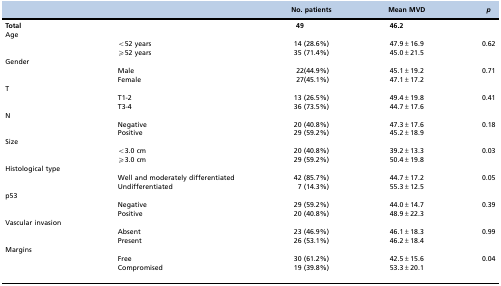
<table><thead><tr><td></td><td></td><td><b>No. patients</b></td><td><b>Mean MVD</b></td><td><b><i>p</i></b></td></tr></thead><tbody><tr><td><b>Total</b></td><td></td><td><b>49</b></td><td><b>46.2</b></td><td></td></tr><tr><td>Age</td><td></td><td></td><td></td><td></td></tr><tr><td></td><td>&lt;52 years</td><td>14 (28.6%)</td><td>47.9±16.9</td><td>0.62</td></tr><tr><td></td><td>≥52 years</td><td>35 (71.4%)</td><td>45.0±21.5</td><td></td></tr><tr><td>Gender</td><td></td><td></td><td></td><td></td></tr><tr><td></td><td>Male</td><td>22(44.9%)</td><td>45.1±19.2</td><td>0.71</td></tr><tr><td></td><td>Female</td><td>27(45.1%)</td><td>47.1±17.2</td><td></td></tr><tr><td>T</td><td></td><td></td><td></td><td></td></tr><tr><td></td><td>T1-2</td><td>13 (26.5%)</td><td>49.4±19.8</td><td>0.41</td></tr><tr><td></td><td>T3-4</td><td>36 (73.5%)</td><td>44.7±17.6</td><td></td></tr><tr><td>N</td><td></td><td></td><td></td><td></td></tr><tr><td></td><td>Negative</td><td>20 (40.8%)</td><td>47.3±17.6</td><td>0.18</td></tr><tr><td></td><td>Positive</td><td>29 (59.2%)</td><td>45.2±18.9</td><td></td></tr><tr><td>Size</td><td></td><td></td><td></td><td></td></tr><tr><td></td><td>&lt;3.0 cm</td><td>20 (40.8%)</td><td>39.2±13.3</td><td>0.03</td></tr><tr><td></td><td>≥3.0 cm</td><td>29 (59.2%)</td><td>50.4±19.8</td><td></td></tr><tr><td>Histological type</td><td></td><td></td><td></td><td></td></tr><tr><td></td><td>Well and moderately differentiated</td><td>42 (85.7%)</td><td>44.7±17.2</td><td>0.05</td></tr><tr><td></td><td>Undifferentiated</td><td>7 (14.3%)</td><td>55.3±12.5</td><td></td></tr><tr><td>p53</td><td></td><td></td><td></td><td></td></tr><tr><td></td><td>Negative</td><td>29 (59.2%)</td><td>44.0±14.7</td><td>0.39</td></tr><tr><td></td><td>Positive</td><td>20 (40.8%)</td><td>48.9±22.3</td><td></td></tr><tr><td>Vascular invasion</td><td></td><td></td><td></td><td></td></tr><tr><td></td><td>Absent</td><td>23 (46.9%)</td><td>46.1±18.3</td><td>0.99</td></tr><tr><td></td><td>Present</td><td>26 (53.1%)</td><td>46.2±18.4</td><td></td></tr><tr><td>Margins</td><td></td><td></td><td></td><td></td></tr><tr><td></td><td>Free</td><td>30 (61.2%)</td><td>42.5±15.6</td><td>0.04</td></tr><tr><td></td><td>Compromised</td><td>19 (39.8%)</td><td>53.3±20.1</td><td></td></tr></tbody></table>